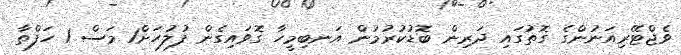
ވެޖްޓޭރިއަނުންގެ ގޮތުގައި ދަރިން ބޮޑުކުރުމުން އަނބިމީހާ ގޮވައިގެން ފުލުހަށް1 މަސް 1 ހަފްތާ